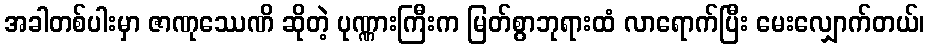
အခါတစ်ပါးမှာ ဇာဏုဿေဏိ ဆိုတဲ့ ပုဏ္ဏားကြီးက မြတ်စွာဘုရားထံ လာရောက်ပြီး မေးလျှောက်တယ်၊